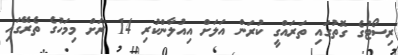
ރިސޯޓުގެ ގޮތުގައި ތަރައްގީ ކުރަން އަލަށް އިއުލާންކުރި 14 ރަށް މިމަހުގެ ތެރޭގައި